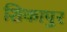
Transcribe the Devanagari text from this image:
शिकापुर